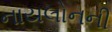
નાયલોનની